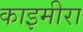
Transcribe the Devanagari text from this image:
काइमीरा